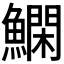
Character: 𬵬